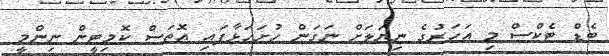
ބެޑް ޓެކްސް މި އަހަރުގެ ނިޔަލަށް ނަގަން ހުށަހަޅާފައި އޮތަސް ކޮމިޓީން ނިންމީ